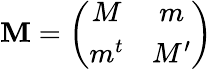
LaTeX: {\cal\mathbf{M}}=\left(\begin{array}{cc}{{M}}&{{m}}\\ {{m^{t}}}&{{M^{\prime}}}\end{array}\right)